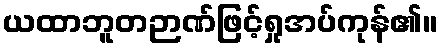
ယထာဘူတဉာဏ်ဖြင့်ရှုအပ်ကုန်၏။